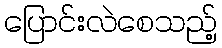
ပြောင်းလဲစေသည့်